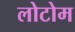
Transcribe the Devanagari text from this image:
लोटोम